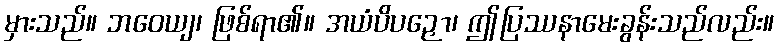
မှားသည်။ ဘဝေယျ၊ ဖြစ်ရာ၏။ အယံပိပဉှော၊ ဤပြဿနာမေးခွန်းသည်လည်း။